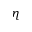
\eta